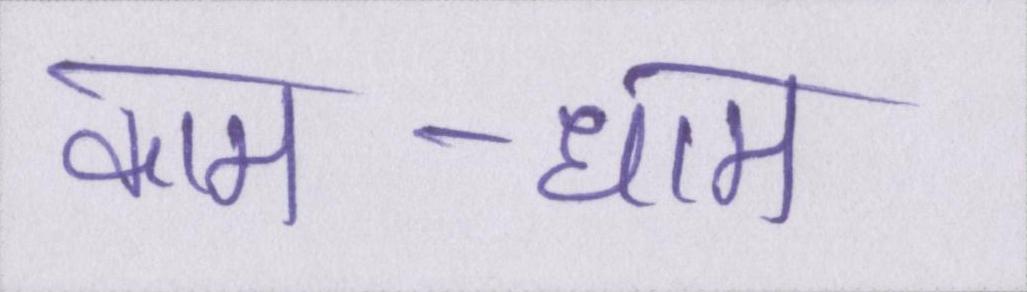
काम-धाम